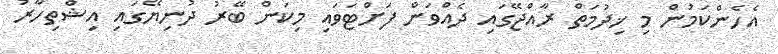
އެހެންކަމުން މި ޚިދުމަތް ރާއްޖޭގައި ދެއްވަން ފަށްޓަވައި މިކަން ބޭރު ދުނިޔޭގައި އިޝްތިހާރު